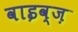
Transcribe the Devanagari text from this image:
वाइव्ज़